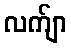
လက်ျာ